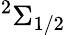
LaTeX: ^2\Sigma_{1/2}